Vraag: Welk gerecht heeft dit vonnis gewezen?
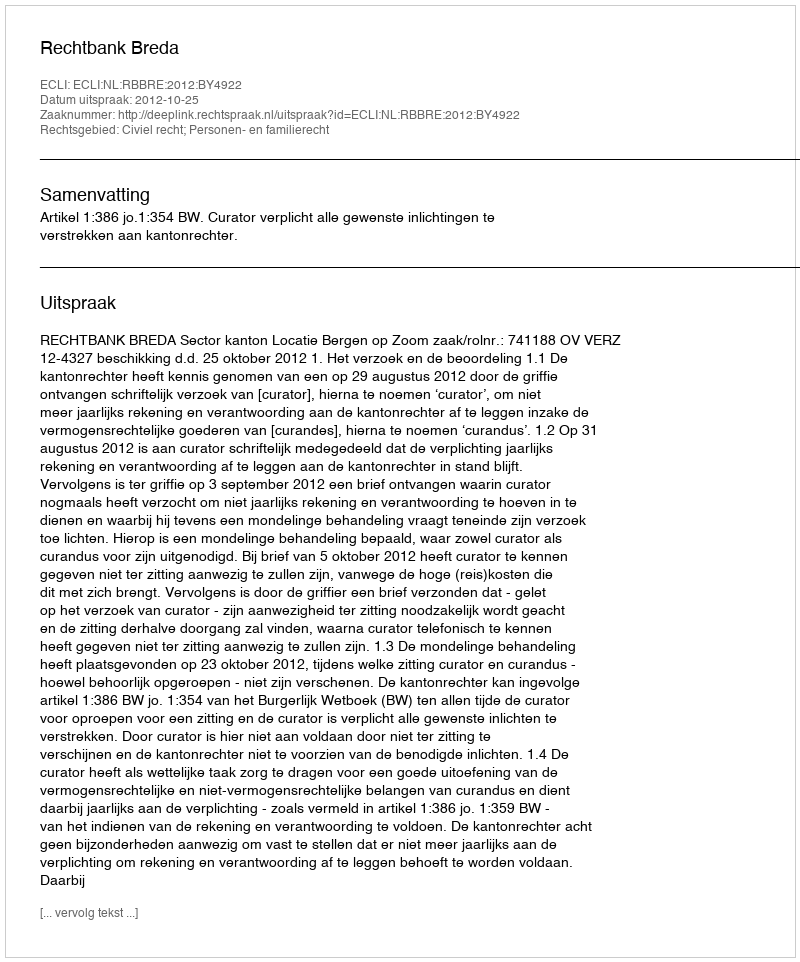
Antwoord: Rechtbank Breda